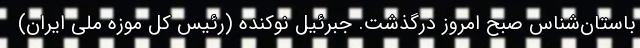
باستان‌شناس صبح امروز درگذشت. جبرئیل نوکنده (رئیس کل موزه ملی ایران)